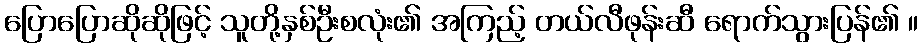
ပြောပြောဆိုဆိုဖြင့် သူတို့နှစ်ဦးစလုံး၏ အကြည့် တယ်လီဖုန်းဆီ ရောက်သွားပြန်၏ ။